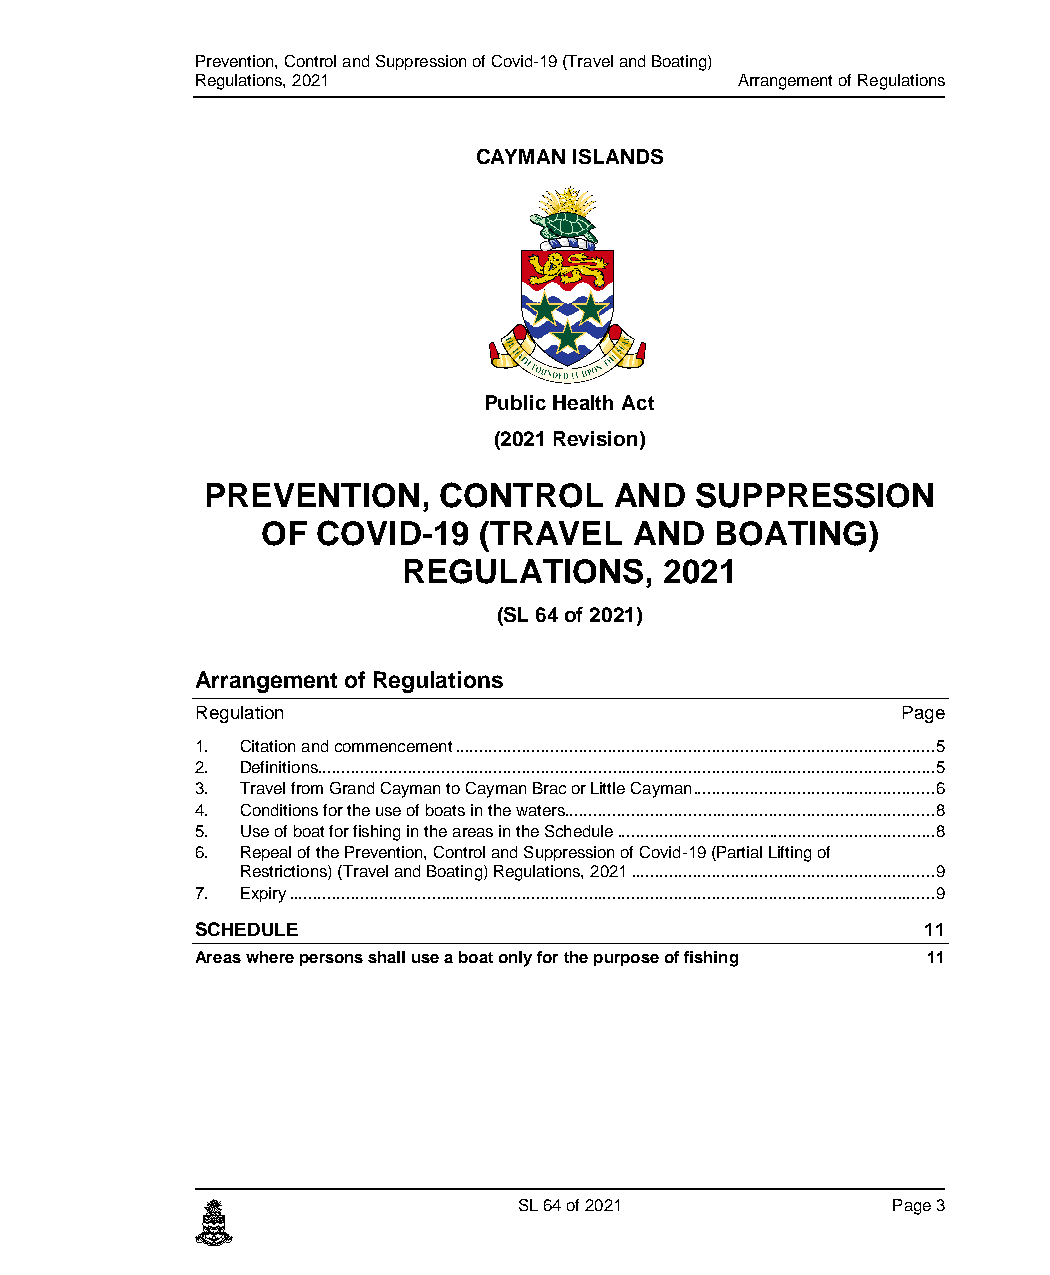
Prevention, Control and Suppression of Covid-19 (Travel and Boating)
 Regulations, 2021                   Arrangement of Regulations
 CAYMAN ISLANDS
 Public Health Act
 (2021 Revision)
 PREVENTION,    CONTROL     AND  SUPPRESSION
 OF  COVID-19   (TRAVEL   AND  BOATING)
 REGULATIONS,     2021
 (SL 64 of 2021)
 Arrangement of Regulations
 Regulation                                     Page
 1. Citation and commencement .....................................................................................................5
 2. Definitions ..................................................................................................................................5
 3. Travel from Grand Cayman to Cayman Brac or Little Cayman ...................................................6
 4. Conditions for the use of boats in the waters..............................................................................8
 5. Use of boat for fishing in the areas in the Schedule ...................................................................8
 6. Repeal of the Prevention, Control and Suppression of Covid-19 (Partial Lifting of
 Restrictions) (Travel and Boating) Regulations, 2021 ................................................................9
 7. Expiry ........................................................................................................................................9
 SCHEDULE                                        11
 Areas where persons shall use a boat only for the purpose of fishing 11
 c                    SL 64 of 2021            Page 3